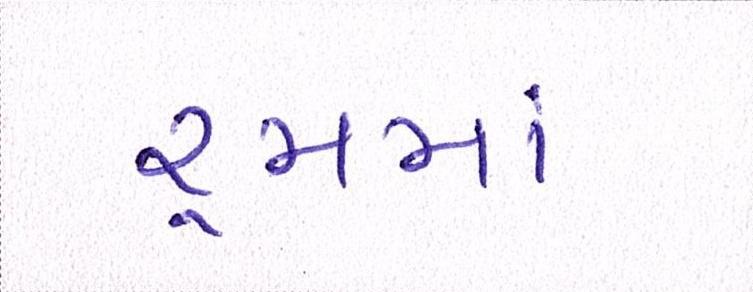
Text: રૃમમાં